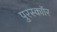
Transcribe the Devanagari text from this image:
पुरस्काॉर